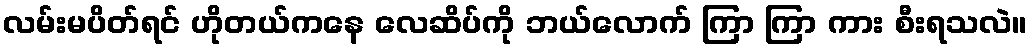
လမ်းမပိတ်ရင် ဟိုတယ်ကနေ လေဆိပ်ကို ဘယ်လောက် ကြာ ကြာ ကား စီးရသလဲ။